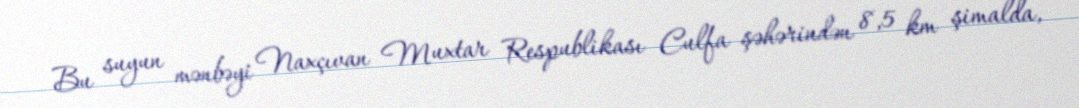
Bu suyun mənbəyi Naxçıvan Muxtar Respublikası Culfa şəhərindən 8,5 km şimalda,